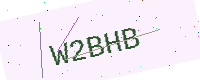
Text: W2BHB